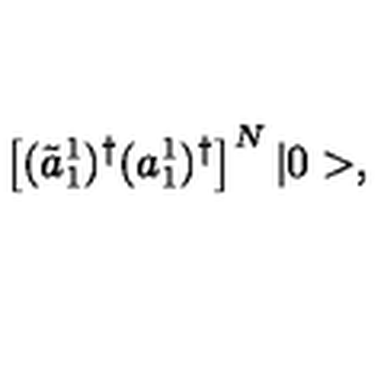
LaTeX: \left[ ( \tilde { a } _ { 1 } ^ { 1 } ) ^ { \dagger } ( a _ { 1 } ^ { 1 } ) ^ { \dagger } \right] ^ { N } | 0 > ,